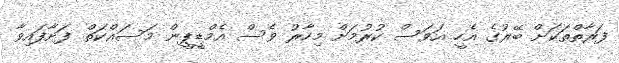
ފަރާތްތަކަށް ބޭރުގެ އެހީ އަވަސް ކުރުމަށް މިހާރު ވެސް އެމްޑީޕީން މަސައްކަތް ފަށާފައިވާ